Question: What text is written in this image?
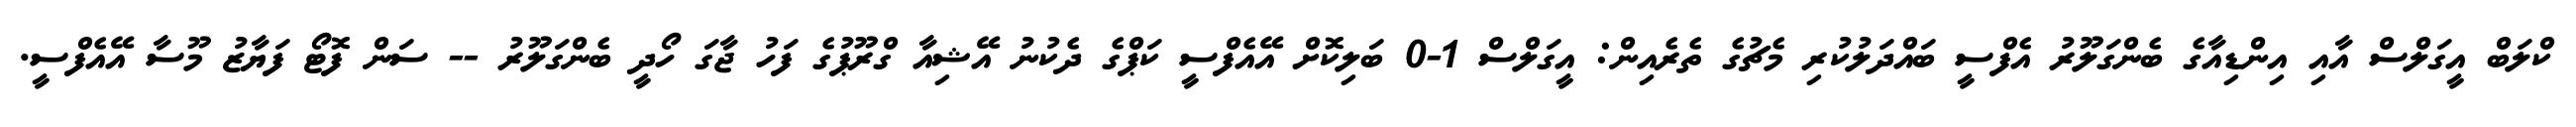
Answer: ކްލަބް އީގަލްސް އާއި އިންޑިއާގެ ބެންގަލޫރު އެފްސީ ބައްދަލުކުރި މެޗުގެ ތެރެއިން: އީގަލްސް 1-0 ބަލިކޮށް އޭއެފްސީ ކަޕްގެ ދެކުނު އޭޝިއާ ގްރޫޕުގެ ފަހު ޖާގަ ހޯދީ ބެންގަލޫރު -- ސަން ފޮޓޯ ފަޔާޒު މޫސާ އޭއެފްސީ.